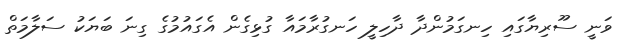
ވަނީ ސޫރިޔާގައި ހިނގަމުންދާ ދާހިލީ ހަނގުރާމައާ ގުޅިގެން އެގައުމުގެ ގިނަ ބަޔަކު ސަލާމަތް